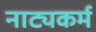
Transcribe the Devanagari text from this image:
नाट्यकर्म